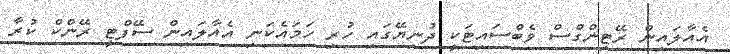
އެއާލައިން ރޭޓިންގްސް ވެބްސައިޓަކީ ދުނިޔޭގައި ހުރި ހަމައެކަނި އެއާލައިން ސޭފްޓީ ރޭންކް ކުރާ